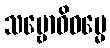
သမ္ဗောဓိဓမ္မေ